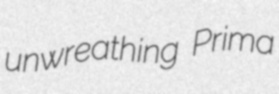
unwreathing Prima